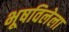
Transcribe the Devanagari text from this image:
भूषविलेला